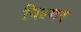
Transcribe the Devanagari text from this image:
पिल्मर